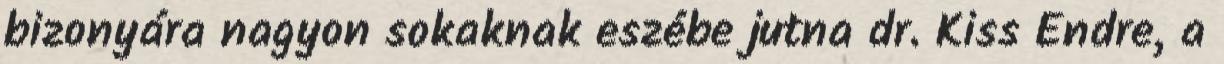
bizonyára nagyon sokaknak eszébe jutna dr. Kiss Endre, a